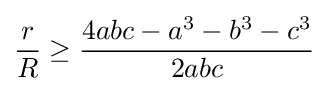
{\frac {r}{R}}\geq {\frac {4abc-a^{3}-b^{3}-c^{3}}{2abc}}